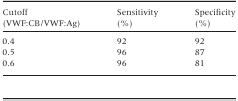
| Cutoff (VWF:CB/VWF:Ag) | Sensitivity (%) | Specificity (%) |
 | --- | --- | --- |
 | 0.4 | 92 | 92 |
 | 0.5 | 96 | 87 |
 | 0.6 | 96 | 81 |